Vaccination report Assam 1874-1896 - 1874-1896
Year: 1874
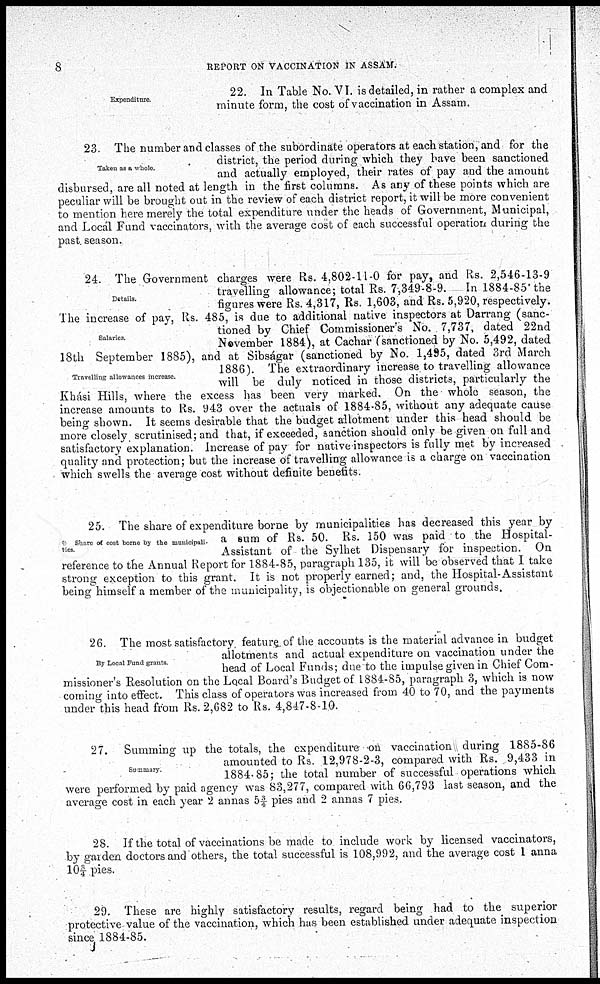
8
REPORT ON VACCINATION IN ASSAM.
Expenditure.
22. In Table No. VI. is detailed, in rather a complex and
minute form, the cost of vaccination in Assam.
Taken as a whole.
23. The number and classes of the subordinate operators at each station, and for the
district, the period during which they have been sanctioned
and actually employed, their rates of pay and the amount
disbursed, are all noted at length in the first columns. As any of these points which are
peculiar will be brought out in the review of each district report, it will be more convenient
to mention here merely the total expenditure under the heads of Government, Municipal,
and Local Fund vaccinators, with the average cost of each successful operation during the
past season.
Details.
Salaries
Travelling allowances increase.
24. The Government charges were Rs. 4,802-11-0 for pay, and Rs. 2,546-13-9
travelling allowance; total Rs. 7,349-8-9.
In 1884-85 the
figures were Rs. 4,317, Rs. 1,603, and Rs. 5,920, respectively.
The increase of pay, Rs. 485, is due to additional native inspectors at Darrang (sanc-
tioned by Chief Commissioner's No. 7,737, dated 22nd
November 1884), at Cachar (sanctioned by No. 5,492, dated
18th September 1885), and at Sibságar (sanctioned by No. 1,495, dated 3rd March
1886). The extraordinary increase, to travelling allowance
will be duly noticed in those districts, particularly the
Khási Hills, where the excess has been very marked. On the whole season, the
increase amounts to Rs. 943 over the actuals of 1884-85, without any adequate cause
being shown. It seems desirable that the budget allotment under this head should be
more closely scrutinised; and that, if exceeded, sanction should only be given on full and
satisfactory explanation. Increase of pay for native inspectors is fully met by increased
quality and protection; but the increase of travelling allowance is a charge on vaccination
which swells the average cost without definite benefits.
Share of cost borne by the municipali-
ties
25. The share of expenditure borne by municipalities has decreased this year by
a sum of Rs. 50. Rs. 150 was paid to the Hospital-
Assistant of the Sylhet Dispensary for inspection. On
reference to the Annual Report for 1884-85, paragraph 135, it will be observed that I take
strong exception to this grant. It is not properly earned; and, the Hospital-Assistant
being himself a member of the municipality, is objectionable on general grounds.
By Local Fund grants.
26. The most satisfactory feature of the accounts is the material advance in budget
allotments and actual expenditure on vaccination under the
head of Local Funds; due to the impulse given in Chief Com-
missioner's Resolution on the Local Board's Budget of 1884-85, paragraph 3, which is now
coming into effect. This class of operators was increased from 40 to 70, and the payments
under this head from Rs. 2,682 to Rs. 4,847-8-10.
Summary
27. Summing up the totals, the expenditure on vaccination during 1885-86
amounted to Rs. 12,978-2-3, compared with Rs. 9,433 in
1884-85; the total number of successful operations which
were performed by paid agency was 83,277, compared with 66,793 last season, and the
average cost in each year 2 annas 5¾ pies and 2 annas 7 pies.
28. If the total of vaccinations be made to include work by licensed vaccinators,
by garden doctors and others, the total successful is 108,992, and the average cost 1 anna
10¾ .pies.
29. These are highly satisfactory results, regard being had to the superior
protective value of the vaccination, which has been established under adequate inspection
since 1884-85.